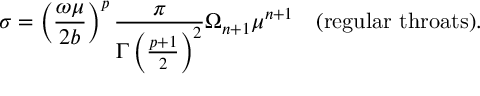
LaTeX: \sigma = \left( { \frac { \omega \mu } { 2 b } } \right) ^ { p } { \frac { \pi } { \Gamma \left( { \frac { p + 1 } { 2 } } \right) ^ { 2 } } } \Omega _ { n + 1 } \mu ^ { n + 1 } \quad \mathrm { ( r e g u l a r \, \, t h r o a t s ) } .